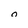
Character: 0